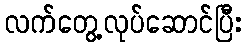
လက်တွေ့လုပ်ဆောင်ပြီး